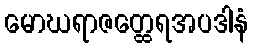
မောဃရာဇတ္ထေရအပဒါနံ